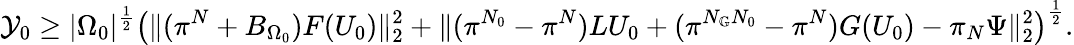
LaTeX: \mathcal{Y}_{0}\geq|{\Omega_{0}}|^{\frac{1}{2}}\left(\| (\pi^{N}+B_{\Omega_{0}})F(U_{0})\| _{2}^{2}+\| (\pi^{N_{0}}-\pi^{N})LU_{0}+(\pi^{N_{\mathbb{G}}N_{0}}-\pi^{N})G(U_{0})-\pi_{N}\Psi\| _{2}^{2}\right)^{\frac{1}{2}}.